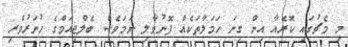
މި މެޗުގައި ކޮރެއާ އިން ގިނަ ހަމަލާތަކެއް ފޮނުވާލި ނަމަވެސް ބެލްޖިއަމްގެ ހުނަރުވެރި